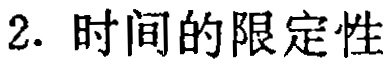
2. 时间的限定性